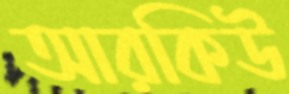
আরকিউ